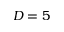
D = 5